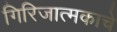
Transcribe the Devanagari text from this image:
गिरिजात्मकाचे